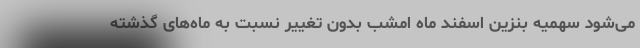
می‌شود سهمیه بنزین اسفند ماه امشب بدون تغییر نسبت به ماه‌های گذشته